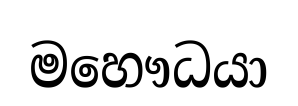
මහෞධයා